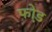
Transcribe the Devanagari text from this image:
फो़ड